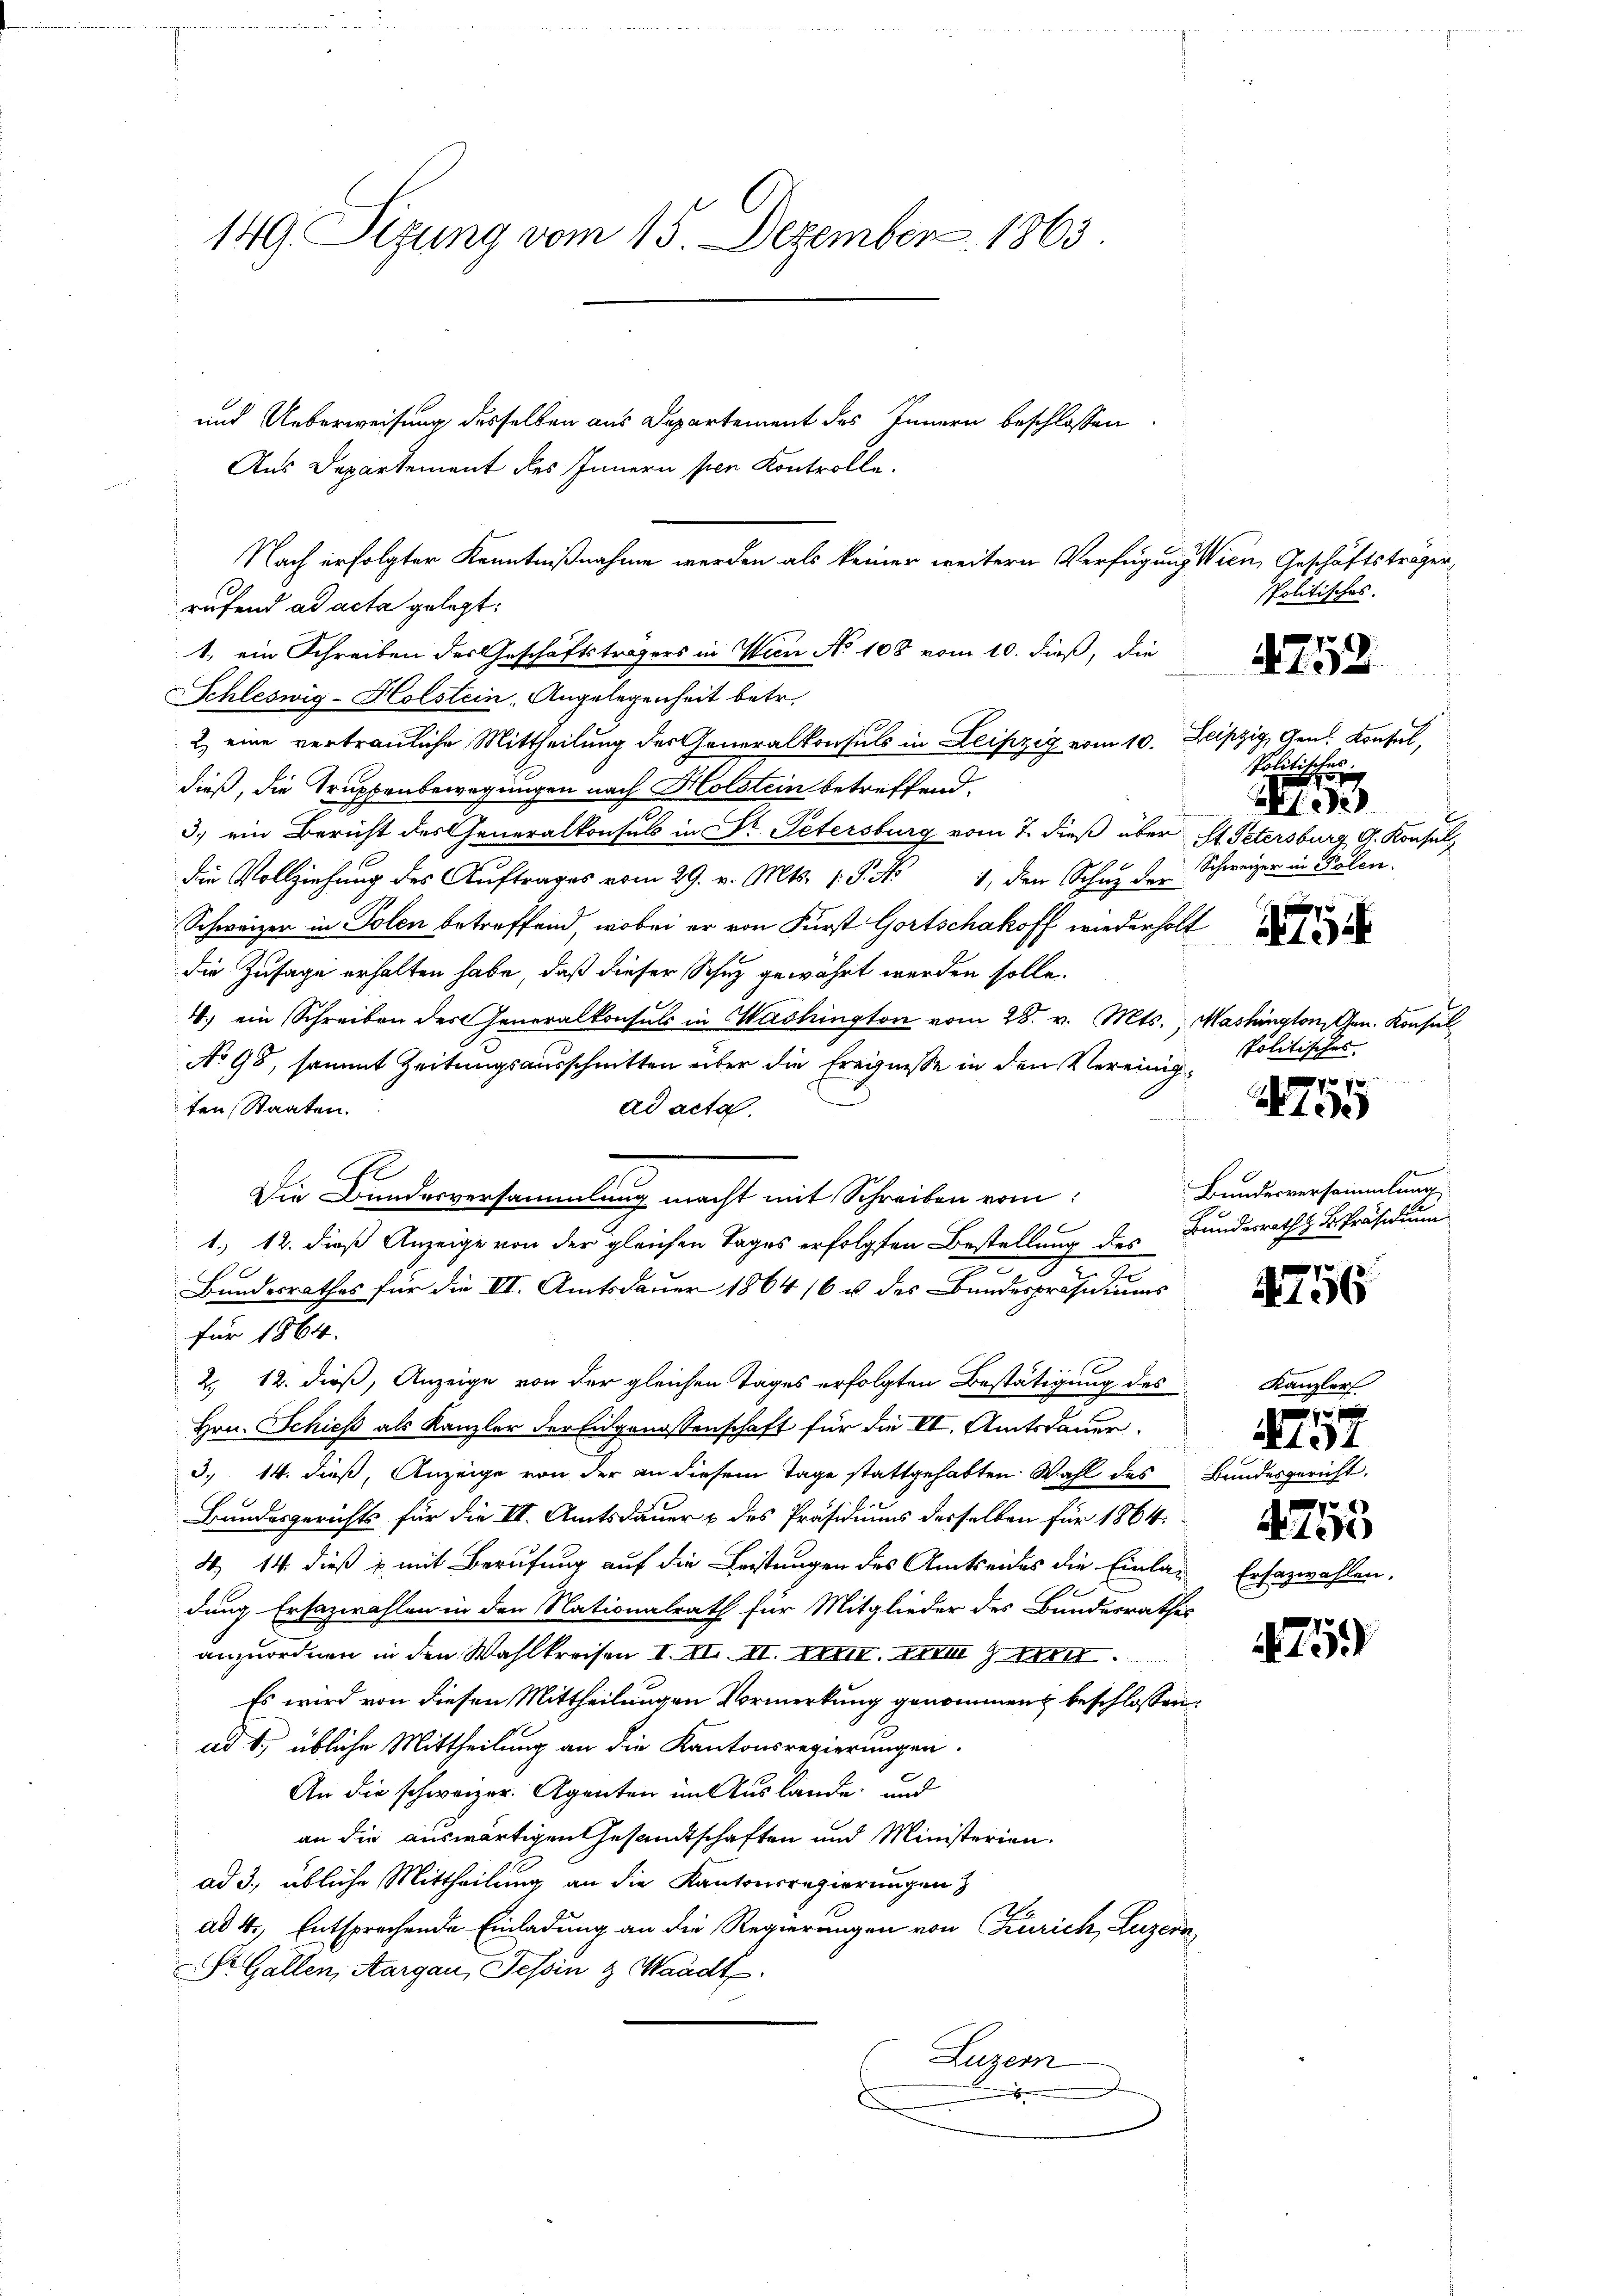
149. Sitzung vom 15. Dezember 1863

und Ueberweisung desselben aus Departement des Innern beschlossen:
Aus Departement des Innern per Kontrolle.
rufend ad acta gelegt:
1, ein Schreiben des Geschäftsträgers in Wien No 108 vom 10. dieß, die
Schleswig-Holstein, Angelegenheit betr.
2 eine vertrauliche Mittheilung des Generalkonsuls in Leipzig vom 10. Leipzig, Gen. Konsul,
dieß, die Truppenbewegungen nach Holstein betreffend.
3.) ein Bericht des Generalkonsuls in Dr. Petersburg vom 7. dieß über St. Petersburg, G. Konsul
e
die Vollziehŭng des Aŭftrages vom 29. v. Mts. 1. P. Nr. 1, den Schuz der
Schweizer in Solen betreffend, wobei er von Fürst Gortschakoff wiederholt
die Zusage erhalten habe, daß dieser Schuz gewährt werden solle.
4) ein Schreiben des Generalkonsuls in Washington vom 28. v. Mts., Mashington, Gen. Konsul
No 98, sammt Zeitungsausschnitten über die Ereignisse in den Vereinigten, Staaten.
ad acta.
l
1. 12. dieß Anzeige von der gleichen Tages erfolgten Bestellung des
Bundesrathes für die II. Amtsdauer 1864 16 u. des Bundespräsidiums
.
für 1864.
2. 12. dieß, Anzeige von der gleichen Tages erfolgten Bestätigung des
Hrn. Schieß als Kanzler der Eidgenossenschaft für die VI. Amtsdauer.
3. 14. dieß, Anzeige von der an diesem Tage stattgehabten Wahl des Bundesgericht.
Bandesgerichts für die II. Amtsdauer & des Präsidiums desselben für 1864.
4. 14. dieß u. mit Berufung auf die Leistungen des Amtseides die Einladung Ersazwahlen in den Nationalrath für Mitglieder des Bundesrathes
anzuordnen in den Wahlkreisen I. III. II. M. zum 9 de
Es wird von diesen Mittheilungen Vormerkung genommen beschlossen:
ad 1., übliche Mittheilung an die Kantonsregierungen.
An die schweizer. Agenten im Auslande und
an die auswärtigen Gesandtschaften und Ministerien-
ad 3., übliche Mittheilung an die Kantonsregierungen
ad 4., Entsprechende Einladung an die Regierungen von (Kurich, Luzern,
St. Gallen, Aargau, Tessin & Waadt.
Luzern
.

Nach erfolgter Kenntnißnahme werden als keiner weitern Verfügung Wien Geschäftsträger,

Die Bundesversammlung macht mit Schreiben vom

spolitisches.

4752

Politischer.
f
2e
Schweizer in Polen.

A

politisches

No 12
7

Bundesversammlung
g
Bundesrath Präsidium

1756

x
7
A 15
Ersazwahlen,

Kanzler

134

759